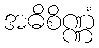
အဓိစိဏ္ဏံ